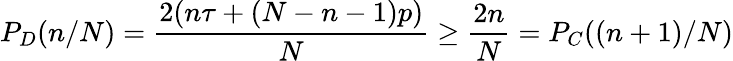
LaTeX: P_{D}(n/N)=\frac{2(n\tau+(N-n-1)p)}{N}\geq\frac{2n}{N}=P_{C}((n+1)/N)